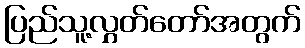
ပြည်သူ့လွှတ်တော်အတွက်